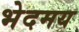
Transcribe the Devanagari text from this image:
भेदमय